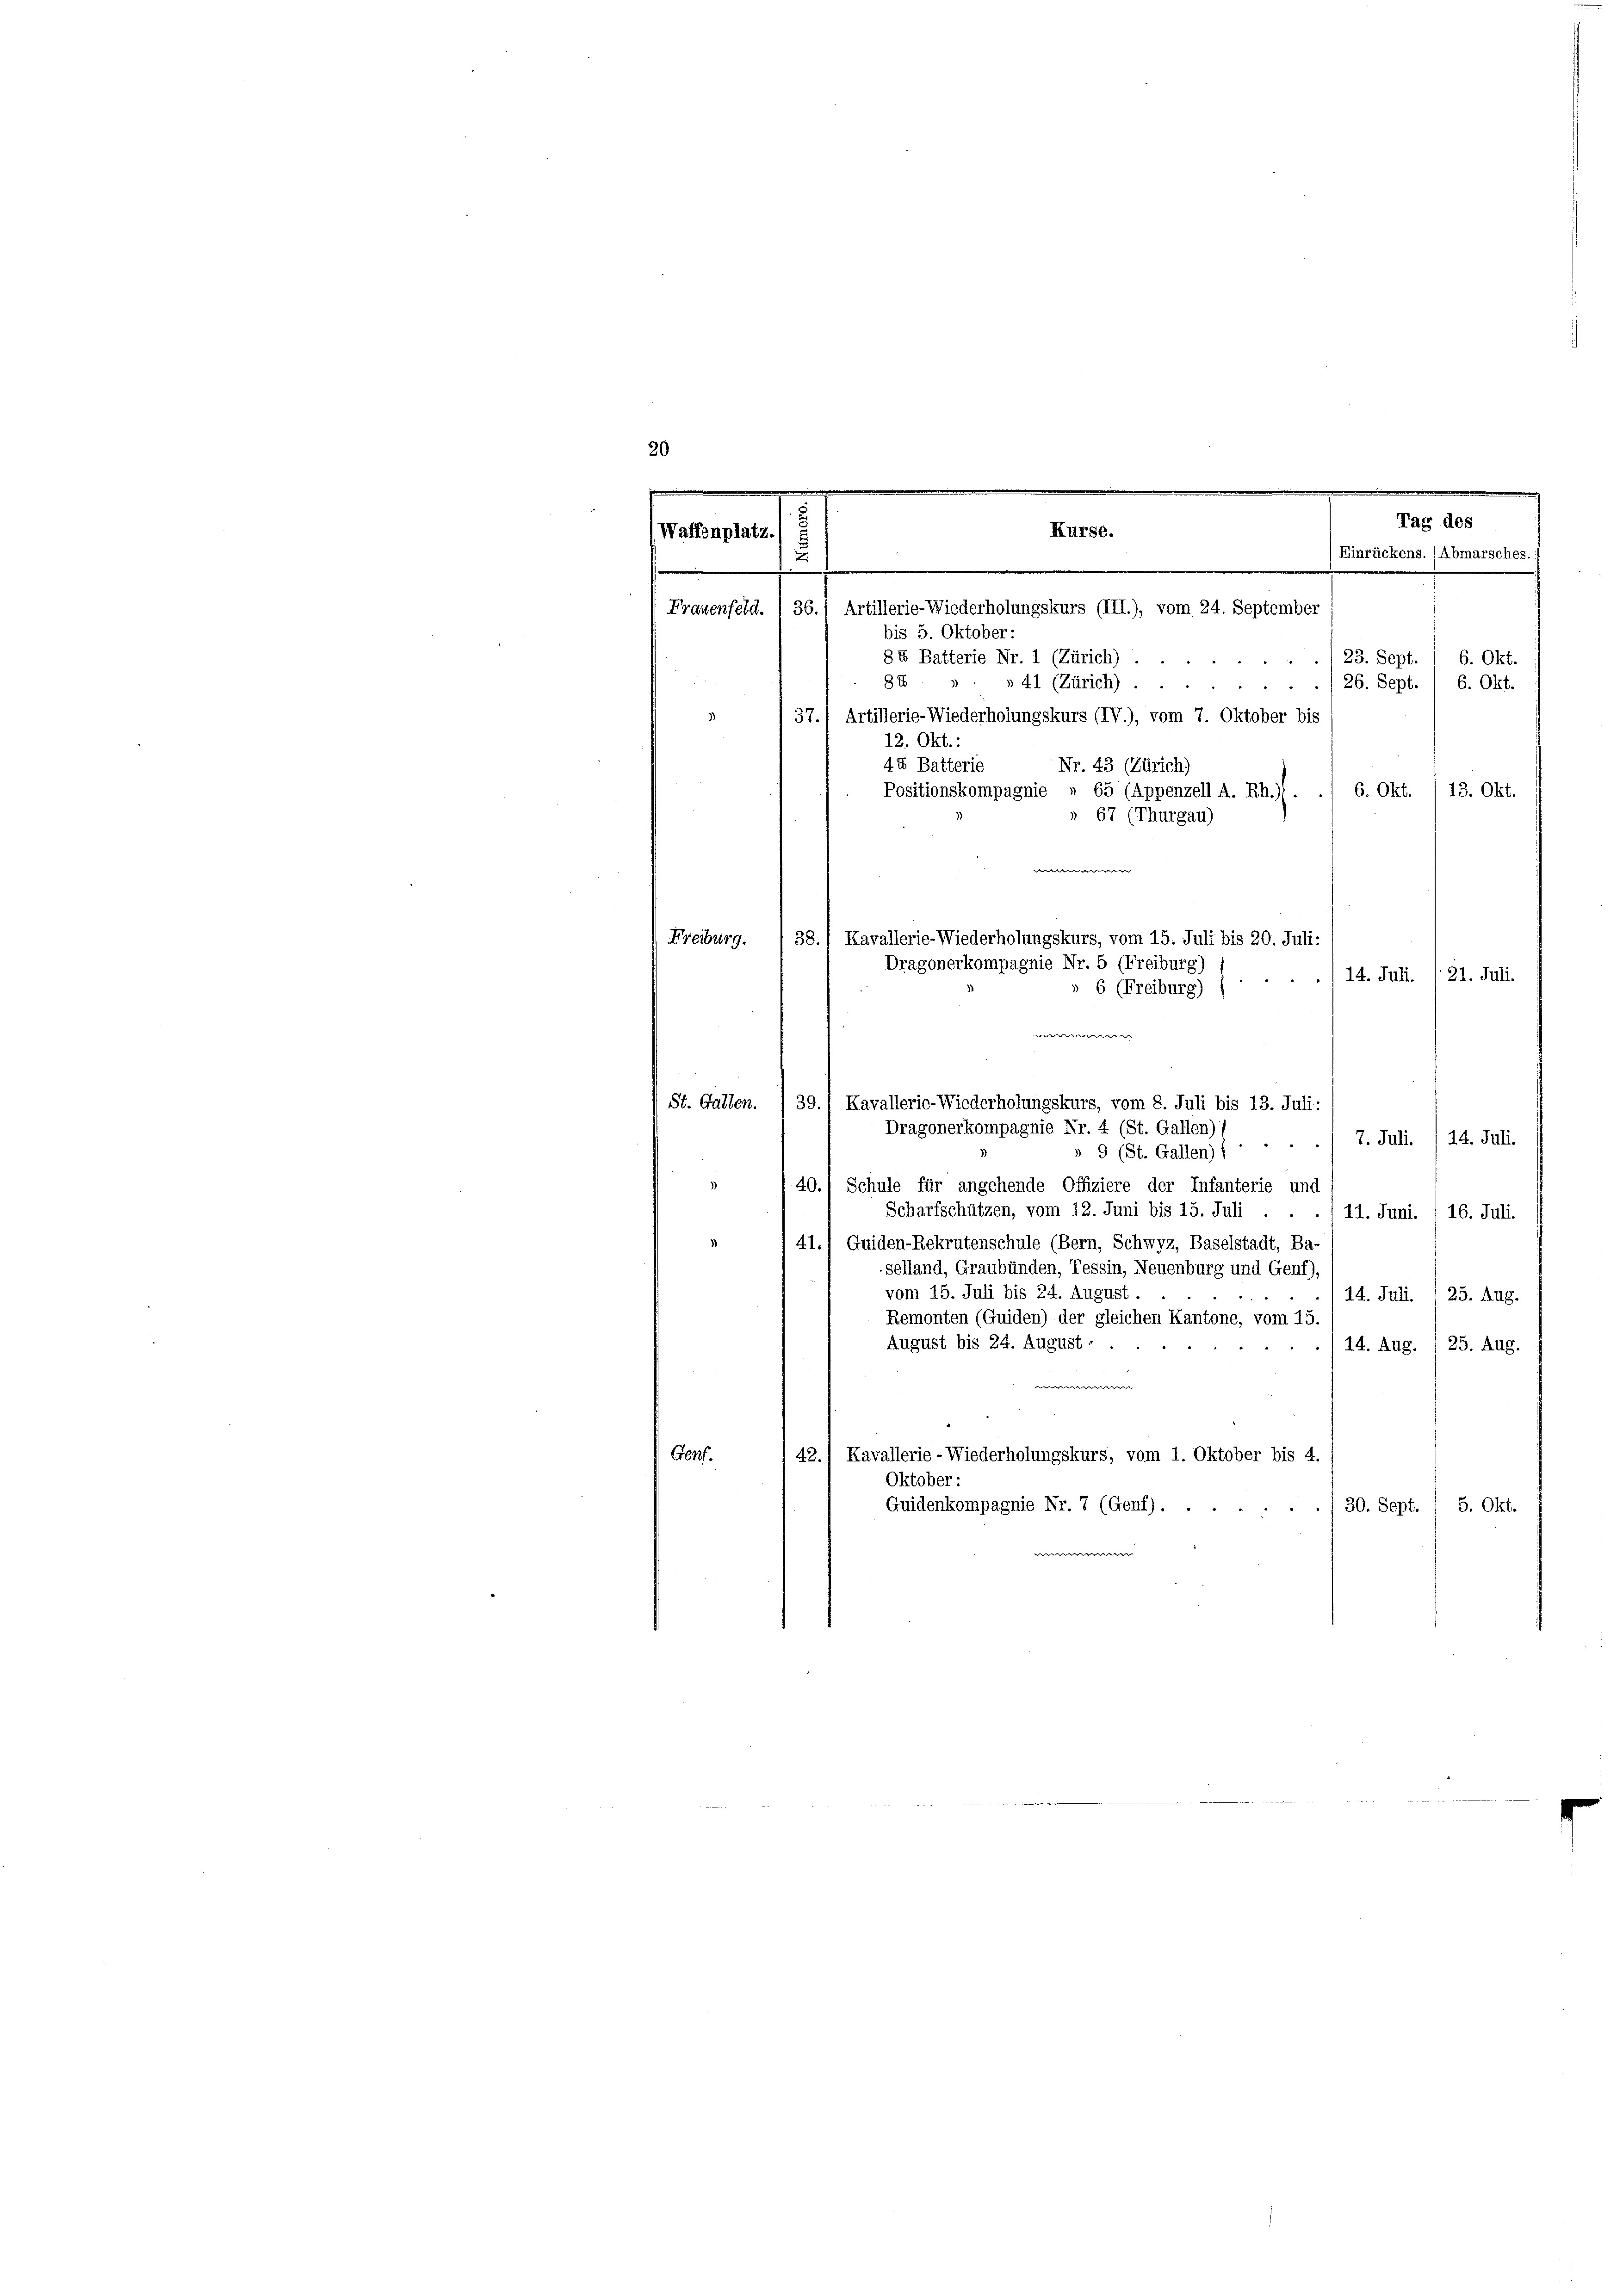
20
37.) Artillerie-Wiederholungskurs (IV.), vom 7. Oktober bis
12. Okt.:
44 Batterie
Nr. 43 (Zürich)
Positionskompagnie » 65 (Appenzell A. Rh.). ./ 6. Okt./13. Okt.
 67 (Thurgau)
e
e
Kavallerie-Wiederholungskurs, vom 15. Juli bis 20. Juli:
Freiburg.
38.
Dragonerkompagnie Nr. 5 (Freiburg
14. Juli.
21. Juli.
6 (Freiburg)

.
e
E
Tag des
Kurse.
Waffenplatz.
Einrückens. (Abmarsches.)
7
e
Frauenfeld. / 36.) Artillerie-Wiederholungskurs (III.), vom 24. September
bis 5. Oktober:
84 Batterie Nr. 1 (Zürich) . .
23. Sept.
6. Okt.
88
» 41 (Zürich).
6. Okt.
26. Sept.

» 9 (St. Gallen) f
40.) Schule für angehende Offiziere der Infanterie und
Scharfschützen, vom 12. Juni bis 15. Juli . .
16. Juli.
11. Juni.
41.) Guiden-Rekrutenschule (Bern, Schwyz, Baselstadt, Ba-
selland, Graubünden, Tessin, Neuenburg und Genf),
vom 15. Juli bis 24. August
14. Juli. 1 25. Aug.
Remonten (Guiden) der gleichen Kantone, vom 15.
August bis 24. August . .
14. Aug. 1 25. Aug.
Kavallerie-Wiederholungskurs, vom 1. Oktober bis 4.
42.
Genf.
Oktober:
Guidenkompagnie Nr. 7 (Genf) . . .
30. Sept. / 5. Okt.

e
St. Gatten.
39.1 Kavallerie-Wiederholungskurs, vom 8. Juli bis 13. Juli:
Dragonerkompagnie Nr. 4 (St. Gallen)
7. Juli. /14. Juli.
24